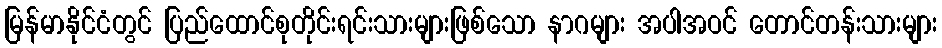
မြန်မာနိုင်ငံတွင် ပြည်ထောင်စုတိုင်းရင်းသားများဖြစ်သော နာဂများ အပါအဝင် တောင်တန်းသားများ